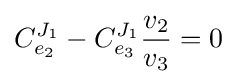
C_{e_{2}}^{J_{1}}-C_{e_{3}}^{J_{1}}{\frac {v_{2}}{v_{3}}}=0